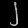
Digit: ၂